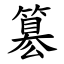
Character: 簒